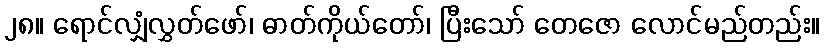
၂၈။ ရောင်လျှံလွှတ်ဖော်၊ ဓာတ်ကိုယ်တော်၊ ပြီးသော် တေဇော လောင်မည်တည်း။